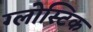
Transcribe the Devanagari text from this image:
ग्लोस्टिक